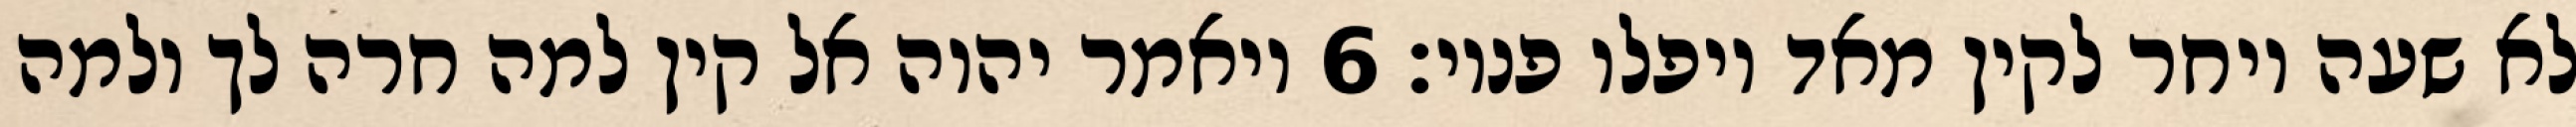
לא שעה ויחר לקין מאד ויפלו פניו׃ ‎6‏ ויאמר יהוה אל קין למה חרה לך ולמה